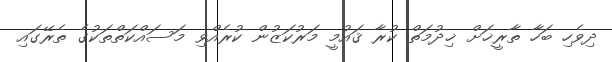
ދިވެހި ބަހާ ތާރީޚަށް ޚިދުމަތް ކުރާ ޤައުމީ މަރުކަޒުން ކުރެއްވި މަސައްކަތްތަކުގެ ތެރޭގައި